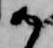
か